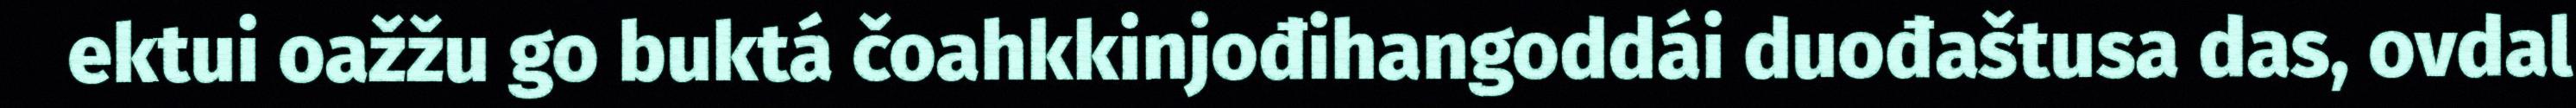
ektui oažžu go buktá čoahkkinjođihangoddái duođaštusa das, ovdal